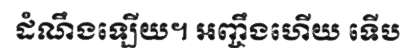
ដំណឹងឡើយ។ អញ្ចឹងហើយ ទើប